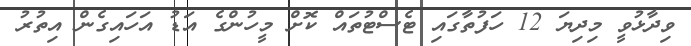
ވިދާޅުވީ މިދިޔަ 12 ހަފުތާގައި ޓެސްޓުތައް ކޮށް މީހުންގެ އަޑު އަހައިގެން އިތުރު